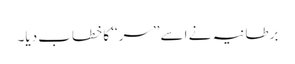
برطانیہ نے اسے ’’سر‘‘ کا خطاب دیا۔